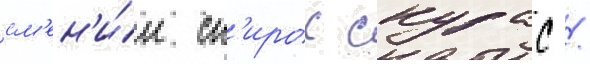
см'ен'и́л сп'ирос скурас /